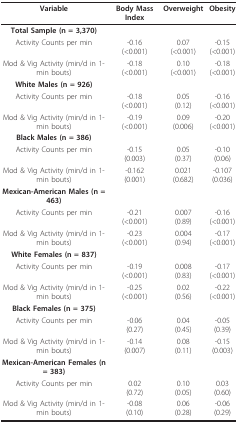
| Variable | Body Mass Index | Overweight | Obesity |
 | --- | --- | --- | --- |
 | Total Sample (n = 3,370) |  |  |  |
 | Activity Counts per min | -0.16(<0.001) | 0.07(<0.001) | -0.15(<0.001) |
 | Mod & Vig Activity (min/d in 1-min bouts) | -0.18(<0.001) | 0.10(<0.001) | -0.18(<0.001) |
 | White Males (n = 926) |  |  |  |
 | Activity Counts per min | -0.18(<0.001) | 0.05(0.12) | -0.16(<0.001) |
 | Mod & Vig Activity (min/d in 1-min bouts) | -0.19(<0.001) | 0.09(0.006) | -0.20(<0.001) |
 | Black Males (n = 386) |  |  |  |
 | Activity Counts per min | -0.15(0.003) | 0.05(0.37) | -0.10(0.06) |
 | Mod & Vig Activity (min/d in 1-min bouts) | -0.162(0.001) | 0.021(0.682) | -0.107(0.036) |
 | Mexican-American Males (n = 463) |  |  |  |
 | Activity Counts per min | -0.21(<0.001) | 0.007(0.89) | -0.16(<0.001) |
 | Mod & Vig Activity (min/d in 1-min bouts) | -0.23(<0.001) | 0.004(0.94) | -0.17(<0.001) |
 | White Females (n = 837) |  |  |  |
 | Activity Counts per min | -0.19(<0.001) | 0.008(0.83) | -0.17(<0.001) |
 | Mod & Vig Activity (min/d in 1-min bouts) | -0.25(<0.001) | 0.02(0.56) | -0.22(<0.001) |
 | Black Females (n = 375) |  |  |  |
 | Activity Counts per min | -0.06(0.27) | 0.04(0.45) | -0.05(0.39) |
 | Mod & Vig Activity (min/d in 1-min bouts) | -0.14(0.007) | 0.08(0.11) | -0.15(0.003) |
 | Mexican-American Females (n = 383) |  |  |  |
 | Activity Counts per min | 0.02(0.72) | 0.10(0.05) | 0.03(0.60) |
 | Mod & Vig Activity (min/d in 1-min bouts) | -0.08(0.10) | 0.06(0.28) | -0.06(0.29) |